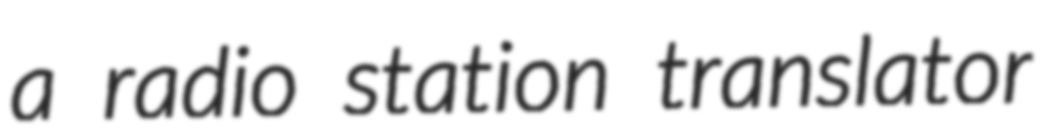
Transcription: a radio station translator